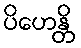
ပိဟေန္တိ